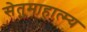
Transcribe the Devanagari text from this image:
सेतुमाहात्म्य